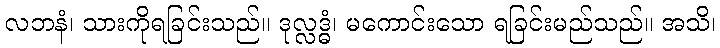
လဘနံ၊ သားကိုရခြင်းသည်။ ဒုလ္လဒ္ဓံ၊ မကောင်းသော ရခြင်းမည်သည်။ အသိ၊